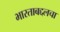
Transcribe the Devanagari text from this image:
भारताबद्दलचा